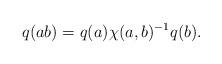
LaTeX: \begin{align*}q(ab)=q(a)\chi(a,b)^{-1}q(b). \end{align*}